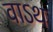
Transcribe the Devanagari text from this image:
वाऽथ